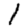
Digit: 1